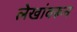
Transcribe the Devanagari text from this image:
लेखांवरून